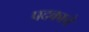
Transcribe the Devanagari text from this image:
पदकाचे